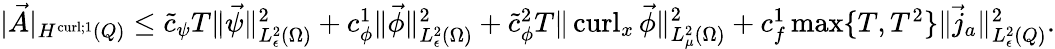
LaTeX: \begin{array}{r}{|\vec{A}|_{H^{\operatorname{curl};1}(Q)}\leq\tilde{c}_{\psi}T\| \vec{\psi}\| _{L_{\epsilon}^{2}({\Omega})}^{2}+c_{\phi}^{1}\| \vec{\phi}\| _{L_{\epsilon}^{2}({\Omega})}^{2}+\tilde{c}_{\phi}^{2}T\| \operatorname{curl}_{x}\vec{\phi}\| _{L_{\mu}^{2}({\Omega})}^{2}+c_{f}^{1}\operatorname*{max}\{ T,T^{2}\} \| \vec{j}_{a}\| _{L_{\epsilon}^{2}({Q})}^{2}.}\end{array}